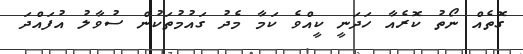
ގޮތެއް ނޯތު ކޮރެއާ ހަދަނީ ކީއްވެ ކަމާ މެދު ގައުމުތަކުން ސުވާލު އުފައްދަ